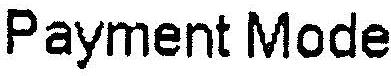
PAYMENT MODE